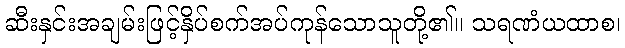
ဆီးနှင်းအချမ်းဖြင့်နှိပ်စက်အပ်ကုန်သောသူတို့၏။ သရဏံယထာစ၊